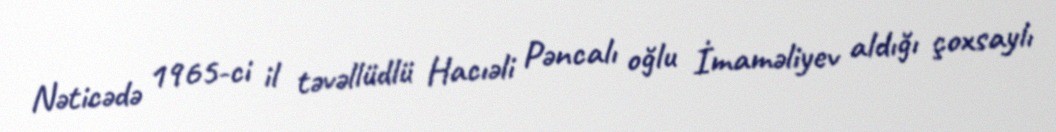
Nəticədə 1965-ci il təvəllüdlü Hacıəli Pəncalı oğlu İmaməliyev aldığı çoxsaylı